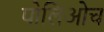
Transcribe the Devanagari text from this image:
पोलिओच